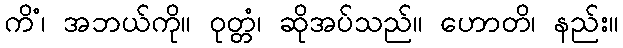
ကိံ၊ အဘယ်ကို။ ဝုတ္တံ၊ ဆိုအပ်သည်။ ဟောတိ၊ နည်း။